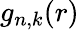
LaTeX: g_{n,k}(r)